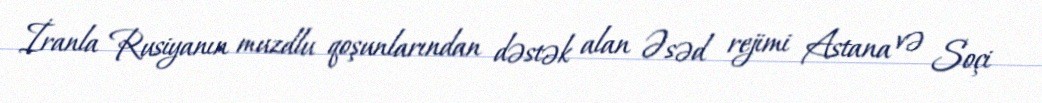
İranla Rusiyanın muzdlu qoşunlarından dəstək alan Əsəd rejimi Astana və Soçi